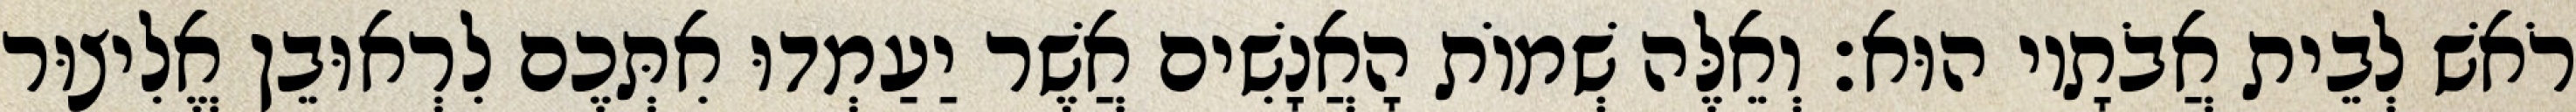
רֹאשׁ לְבֵית אֲבֹתָיו הוּא׃ וְאֵלֶּה שְׁמוֹת הָאֲנָשִׁים אֲשֶׁר יַעַמְדוּ אִתְּכֶם לִרְאוּבֵן אֱלִיצוּר